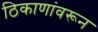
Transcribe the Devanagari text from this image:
ठिकाणांवरून